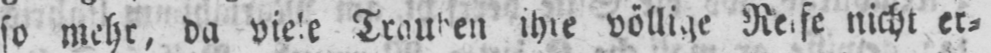
Trauben ihre völlige Reife nicht er⸗